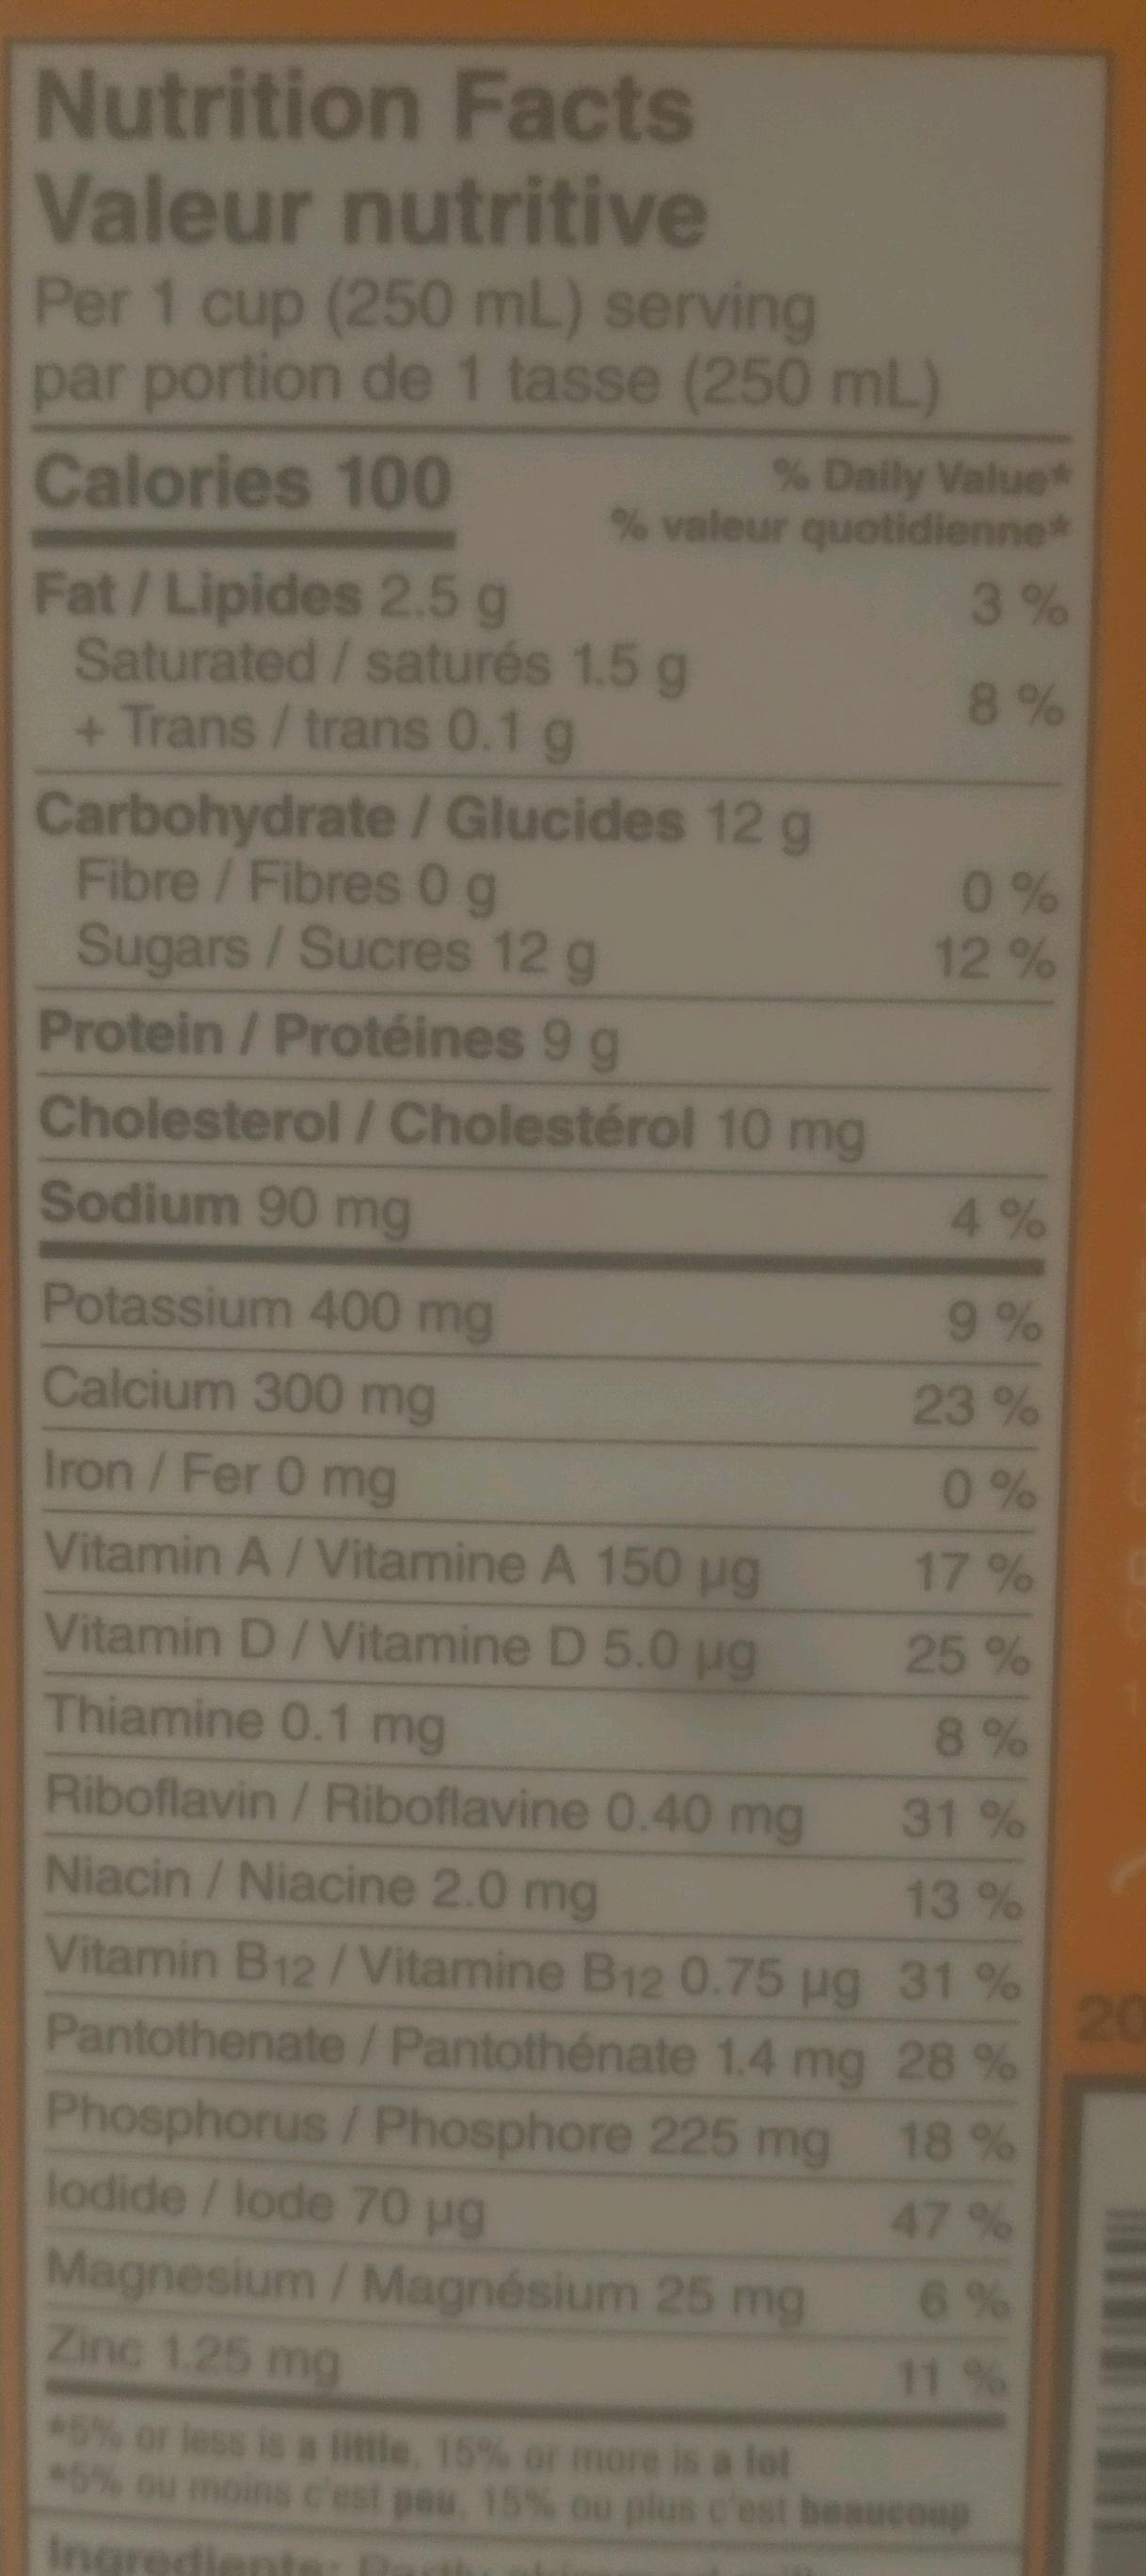
Nutrition Facts Valeur nutritive
Per 1 cup (250 mL) serving par portion de 1 tasse (250 mL)
Calories 100
Fat/Lipides 2.5 g
% Daily Value* % valeur quotidienne*
Saturated/saturés 1.5 g + Trans / trans 0.1 g
Carbohydrate / Glucides 12 g Fibre / Fibres 0 g
Sugars / Sucres 12 g
Protein / Protéines 9 g
Cholesterol / Cholestérol 10 mg
Sodium 90 mg
Potassium 400 mg
Calcium 300 mg
Iron / Fer 0 mg
Vitamin A /Vitamine A 150 μµg
Vitamin D /Vitamine D 5.0 µg
Thiamine 0.1 mg
Riboflavin / Riboflavine 0.40 mg
Niacin / Niacine 2.0 mg
Vitamin B12/Vitamine B12 0.75 µg
Pantothenate / Pantothénate 1.4 mg
3%
8%
0%
12%
4%
9%
23%
0%
17%
25 %
8%
31%
13 %
31 %
28 %
18 %
47 %
6%
11%
Phosphorus/ Phosphore 225 mg
lodide / lode 70 µg
Magnesium / Magnésium 25 mg
Zinc 1.25 mg
*5% or less is a little, 15% or more is a lot *5% ou moins c'est peu, 15% ou plus c'est beaucoup
Ingredients
20